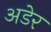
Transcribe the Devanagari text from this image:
अडेर